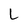
Character: L